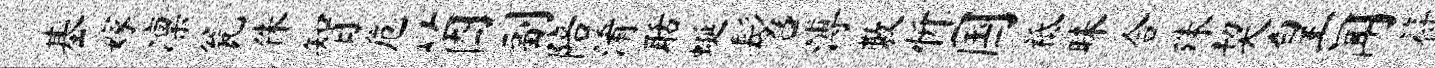
基嫁凛瓮侏智危茵副陪淆聒蜒髫溥敷忻国祗昧合殊契皇闻符